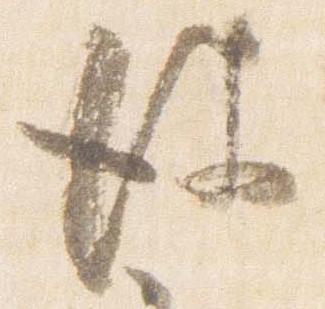
彼